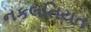
નકલનિયત